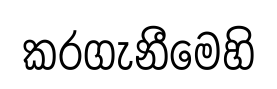
කරගැනීමෙහි